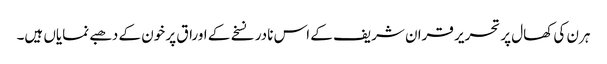
ہرن کی کھال پر تحریر قران شریف کے اس نادر نسخے کے اوراق پر خون کے دھبے نمایاں ہیں۔